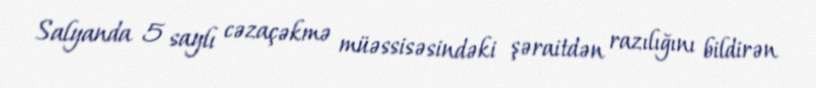
Salyanda 5 saylı cəzaçəkmə müəssisəsindəki şəraitdən razılığını bildirən